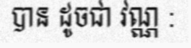
បាន ដូចជា វណ្ណ :